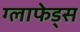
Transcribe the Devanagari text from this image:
ग्लाफेड्स